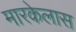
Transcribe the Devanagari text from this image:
मारकेलास